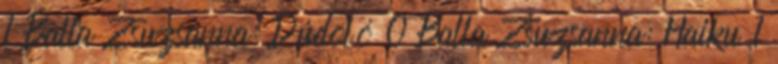
1 Balla Zsuzsanna: Dúdoló 0 Balla Zsuzsanna: Haiku 1